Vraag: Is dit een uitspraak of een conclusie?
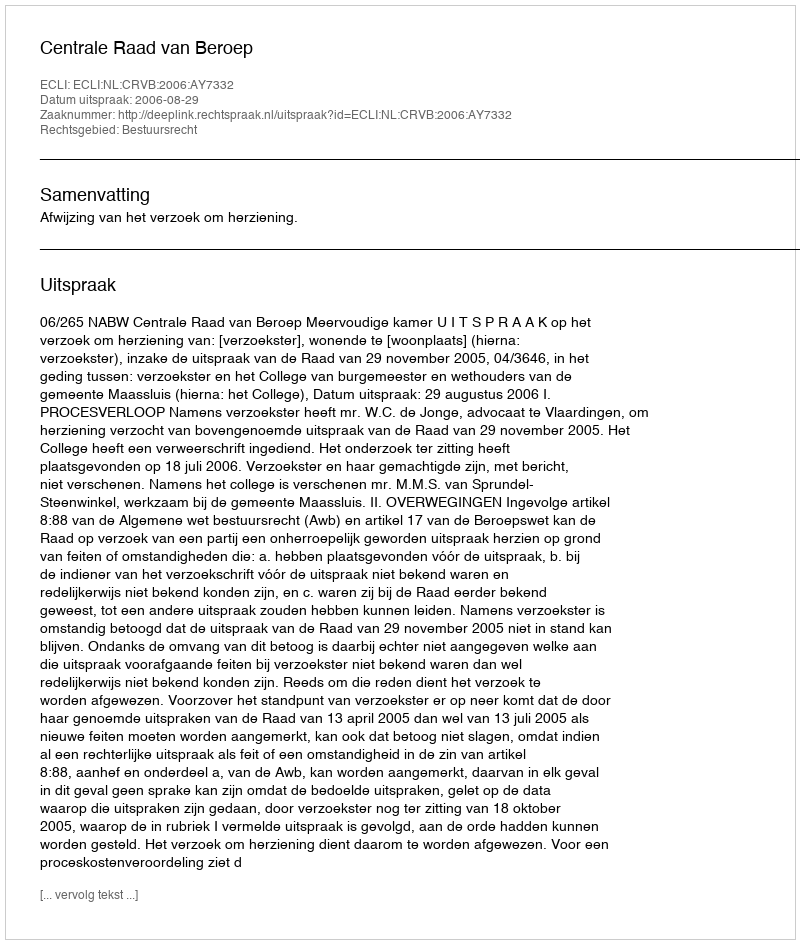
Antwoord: Uitspraak